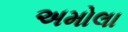
અમોલા